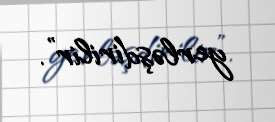
yerləşdirilir”.